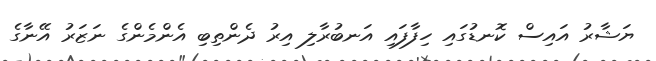
ޔަޝާރު އައިސް ކޮނޑުގައި ހިފާފައި އަނބުރާލި އިރު ދެންތިބި އެންމެންގެ ނަޒަރު އޭނާގެ